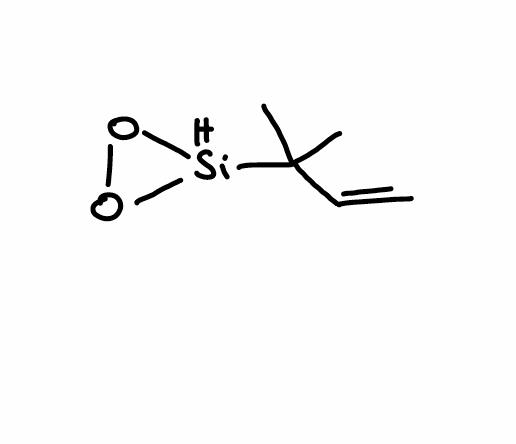
Simplified molecular-input line-entry system (SMILES) notation of the given molecule:
CC(C)(C=C)[SiH]1OO1